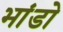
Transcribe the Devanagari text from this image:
भांडो